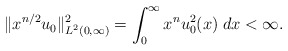
\begin{align*}\|x^{n/2}u_0\|_{L^2(0,\infty)}^2= \int_0^\infty x^nu_0^2(x) \; dx< \infty.\end{align*}